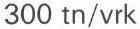
300 tn/vrk